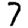
Digit: 7